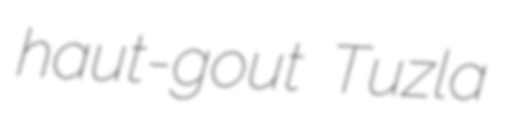
haut-gout Tuzla